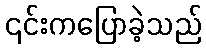
၎င်းကပြောခဲ့သည်